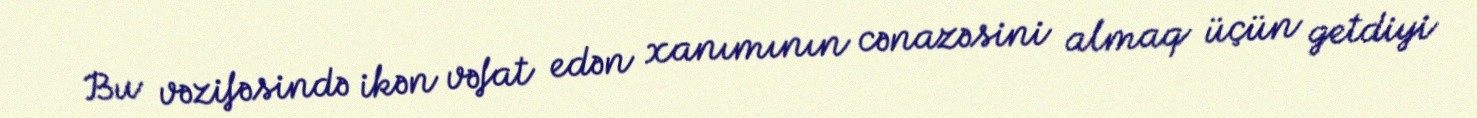
Bu vəzifəsində ikən vəfat edən xanımının cənazəsini almaq üçün getdiyi